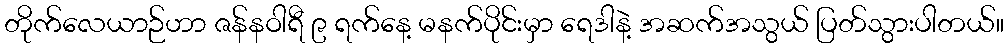
တိုက်လေယာဉ်ဟာ ဇန်နဝါရီ ၉ ရက်နေ့ မနက်ပိုင်းမှာ ရေဒါနဲ့ အဆက်အသွယ် ပြတ်သွားပါတယ်။